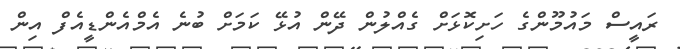
ރައީސް މައުމޫންގެ ހަށިކޮޅަށް ގެއްލުން ދޭން އުޅޭ ކަމަށް ބުނެ އެމްއެންޑީއެފް އިން